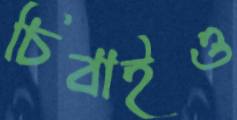
চিবাইও